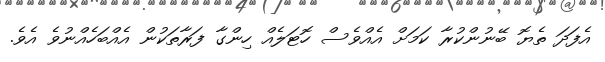
އެފަދަ ތެޔޮ ބޭނުންކުރާ ކަމަށް އެއްވެސް ހޮޓަލެއް ހިންގާ ފަރާތަކުން އެއްބަހެއްނުވެ އެވެ.